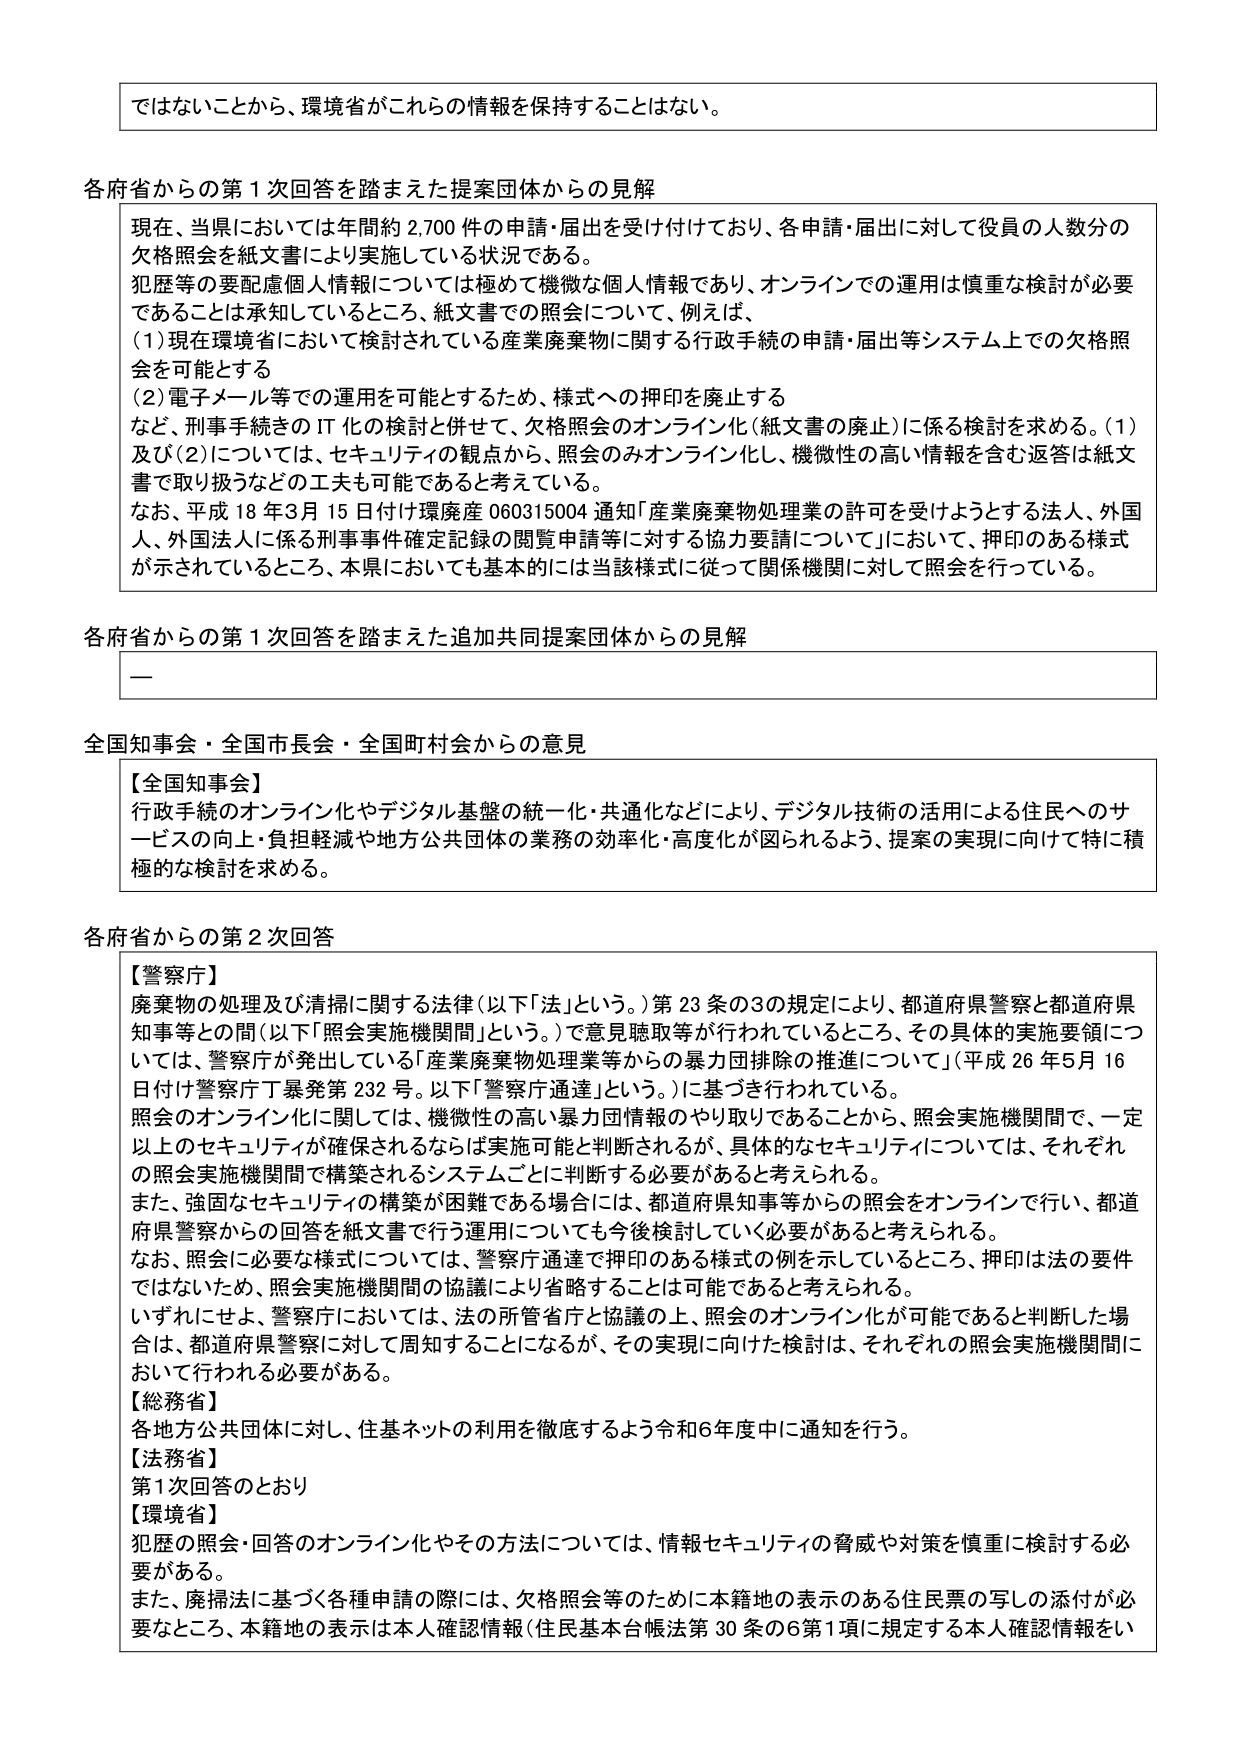
ではないことから、環境省がこれらの情報を保持することはない。

各府省からの第１次回答を踏まえた提案団体からの見解
現在、当県においては年間約2,700件の申請・届出を受け付けており、各申請・届出に対して役員の人数分の欠格照会を紙文書により実施している状況である。
犯歴等の要配慮個人情報については極めて機微な個人情報であり、オンラインでの運用は慎重な検討が必要であることは承知しているところ、紙文書での照会について、例えば、
（1）現在環境省において検討されている産業廃棄物に関する行政手続の申請・届出等システム上での欠格照会を可能とする
（2）電子メール等での運用を可能とするため、様式への押印を廃止する
など、刑事手続きのIT化の検討と併せて、欠格照会のオンライン化（紙文書の廃止）に係る検討を求める。（1）及び（2）については、セキュリティの観点から、照会のみオンライン化、機微性の高い情報を含む返答は紙文書で取り扱うなどの工夫も可能であると考えている。
なお、平成18年3月15日付け環境産060315004通知「産業廃棄物処理業の許可を受けようとする法人、外国人、外国法人に係る刑事事件確定記録の閲覧申請等に対する協力要請について」において、押印のある様式が示されているところ、本県においても基本的に当該様式に従って関係機関に対して照会を行っている。

各府省からの第１次回答を踏まえた追加共同提案団体からの見解
—

全国知事会・全国市長会・全国町村会からの意見
【全国知事会】
行政手続のオンライン化やデジタル基盤の統一化・共通化などにより、デジタル技術の活用による住民へのサービスの向上・負担軽減や地方公共団体の業務の効率化・高度化が図られるよう、提案の実現に向けて特に積極的な検討を求める。

各府省からの第２次回答
【警察庁】
廃棄物の処理及び清掃に関する法律（以下「法」という。）第23条の3の規定により、都道府県警察と都道府県知事等との間（以下「照会実施機関間」という。）で意見聴取等が行われているところ、その具体的実施要領については、警察庁が発出している「産業廃棄物処理業等からの暴力団排除の推進について」（平成26年5月16日付け警察庁丁暴発第232号。以下「警察庁通達」という。）に基づき行われている。
照会のオンライン化に関しては、機微性の高い暴力団情報のやり取りであることから、照会実施機関間で、一定以上のセキュリティが確保されるならば実施可能と判断されるが、具体的なセキュリティについては、それぞれの照会実施機関間で構築されるシステムごとに判断する必要があると考えられる。
また、強固なセキュリティの構築が困難である場合には、都道府県知事等からの照会をオンラインで行い、都道府県警察からの回答を紙文書で行う運用についても今後検討していく必要があると考えられる。
なお、照会に必要な様式については、警察庁通達で押印のある様式の例を示しているところ、押印は法の要件ではないため、照会実施機関間の協議により省略することは可能であると考えられる。
いずれにせよ、警察庁においては、法の所管省庁と協議の上、照会のオンライン化が可能であると判断した場合は、都道府県警察に対して周知することになるが、その実現に向けた検討は、それぞれの照会実施機関において行われる必要がある。
【総務省】
各地方公共団体に対し、住基ネットの利用を徹底するよう令和6年度中に通知を行う。
【法務省】
第1次回答のとおり
【環境省】
犯歴の照会・回答のオンライン化とその方法については、情報セキュリティの脅威や対策を慎重に検討する必要がある。
また、廃掃法に基づく各種申請の際には、欠格照会等のために本籍地の表示のある住民票の写しの添付が必要なところ、本籍地の表示は本人確認情報（住民基本台帳法第30条の6第1項に規定する本人確認情報をい